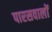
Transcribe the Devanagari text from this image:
पारसवालों